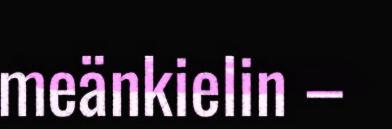
meänkielin –